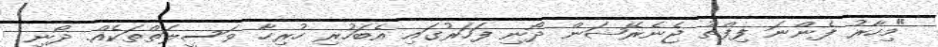
"މިހާރު ފެންނަ ފިފްތު ޖެނެރޭޝަން ދޯނި ފަހަރުގައި އެބަހުރި ހުރިހާ ވަސީލަތްތަކެއް. ދޯނި